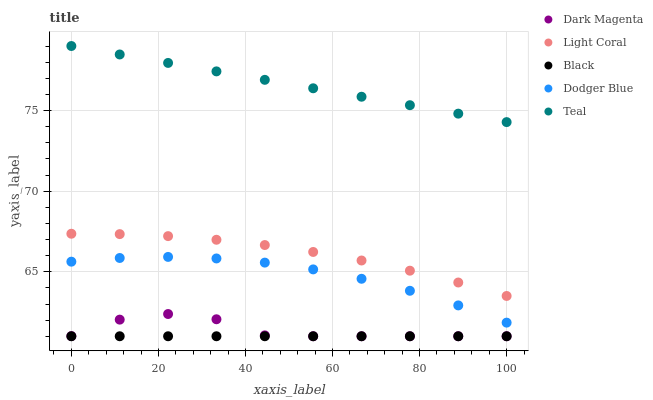
| xaxis_label | Dark Magenta | Light Coral | Black | Dodger Blue | Teal |
 | --- | --- | --- | --- | --- | --- |
 | 0 | 61 | 67.4 | 61 | 65.6 | 79 |
 | 11.1 | 62 | 67.3 | 61 | 65.9 | 78.5 |
 | 22.2 | 62.4 | 67.2 | 61 | 65.9 | 78 |
 | 33.3 | 62.1 | 67 | 61 | 65.8 | 77.4 |
 | 44.4 | 61.1 | 66.7 | 61 | 65.6 | 76.9 |
 | 55.6 | 61 | 66.2 | 61 | 65.1 | 76.4 |
 | 66.7 | 61 | 65.7 | 61 | 64.6 | 75.9 |
 | 77.8 | 61 | 65.1 | 61 | 63.8 | 75.3 |
 | 88.9 | 61 | 64.3 | 61 | 62.9 | 74.8 |
 | 100 | 61 | 63.5 | 61 | 61.8 | 74.3 |